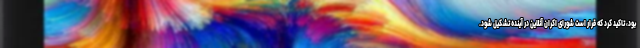
بود، تاکید کرد که قرار است شورای اکران آنلاین در آینده تشکیل شود.